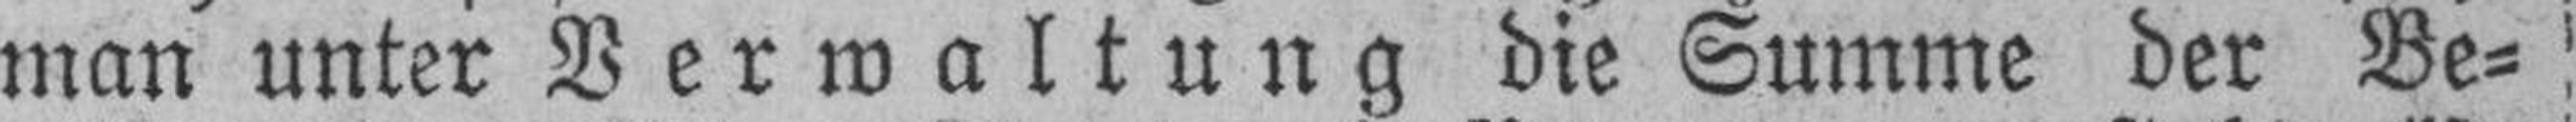
man unter Verwaltung die Summe der Be¬